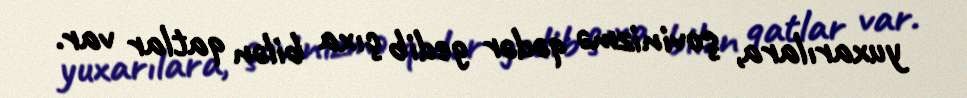
yuxarılara, şovinizmə qədər gedib çıxa bilən qatlar var.